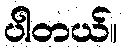
ပါတယ်။